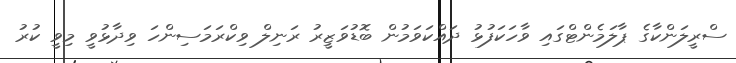
ސްރީލަންކާގެ ޕާލަމެންޓްގައި ވާހަކަފުޅު ދައްކަވަމުން ބޮޑުވަޒީރު ރަނިލް ވިކްރަމަސިންހަ ވިދާޅުވީ މިވީ ކުރު